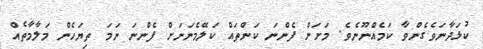
ކުޅަދާނަވެގެންވާ ކަމެއްނޫނެވެ. މަށަށް ފެންނަ ކަންތައް ކަލޭމެނަނަށް ފެންނަ ނަމަ ތިޔަހެން މަލާމާތެއް